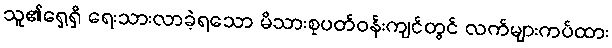
သူ၏ရှေ့ရှိ ရေးသားလာခဲ့ရသော မိသားစုပတ်ဝန်းကျင်တွင် လက်များကပ်ထား